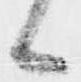
候